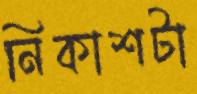
নিকাশটা